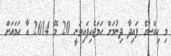
މި ހިއްސާގެ ފައިދާ ދިނުމަށް ހަމަޖެހިފައިވަނީ 20 މޭ 2014 އާ ހަމައަށް